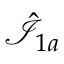
\hat { { \mathcal I } } _ { 1 a }